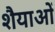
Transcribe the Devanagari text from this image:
शैैयाओं